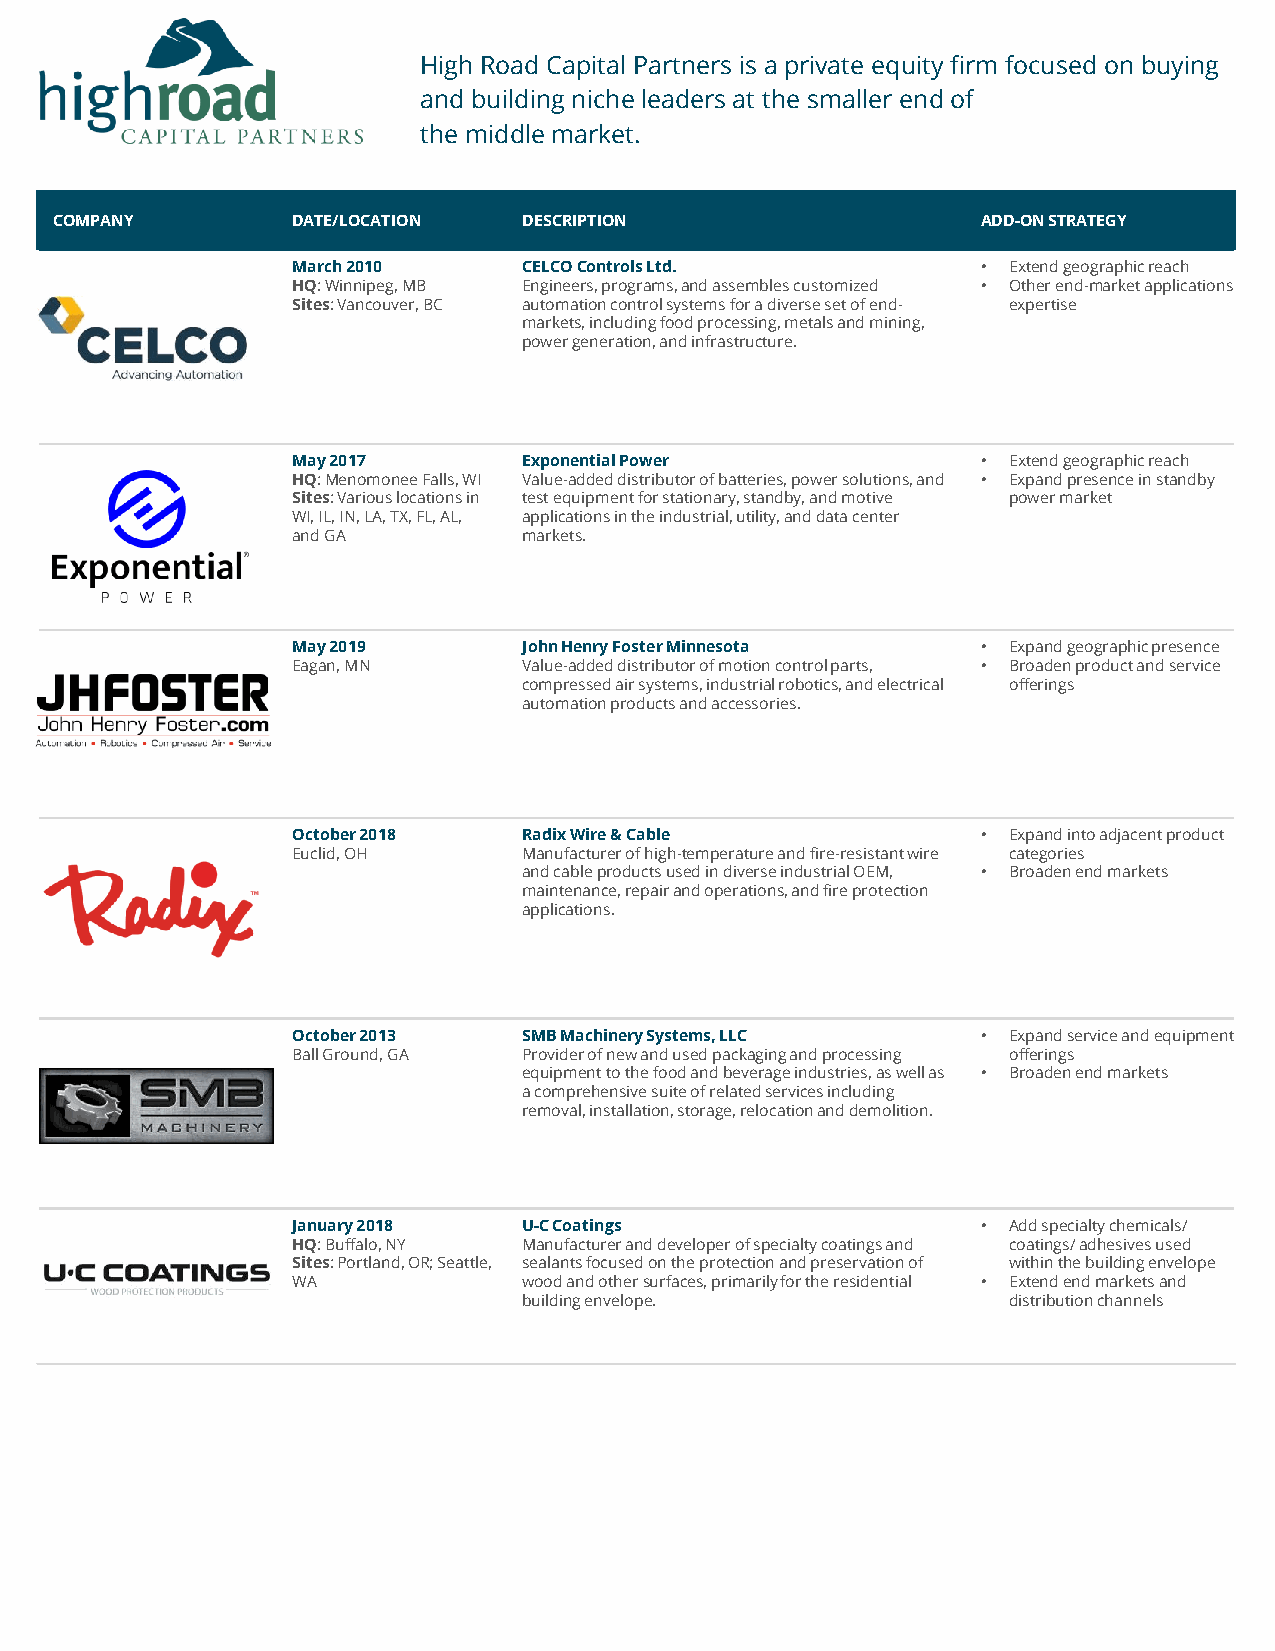
High Road Capital Partners is a private equity firm focused on buying
 and building niche leaders at the smaller end of
 the middle market.
 COMPANY         DATE/LOCATION   DESCRIPTION                   ADD-ON STRATEGY
 March 2010      CELCOControls Ltd.            • Extend geographic reach
 HQ:Winnipeg, MB Engineers, programs,and assembles customized • Other end-market applications
 Sites: Vancouver, BC automation control systems for a diverse set of end- expertise
 markets, including food processing, metals and mining,
 power generation, and infrastructure.
 May 2017        Exponential Power             • Extend geographic reach
 HQ:Menomonee Falls, WI Value-added distributor of batteries, power solutions, and • Expand presence in standby
 Sites: Various locations in test equipmentfor stationary, standby, and motive power market
 WI, IL, IN, LA, TX, FL, AL, applications in the industrial, utility, and data center
 and GA          markets.
 May 2019        John Henry Foster Minnesota   • Expand geographic presence
 Eagan, MN       Value-added distributor of motion control parts, • Broaden product and service
 compressed air systems, industrial robotics, and electrical offerings
 automation products and accessories.
 October 2018    Radix Wire & Cable            • Expand into adjacent product
 Euclid, OH      Manufacturer of high-temperature and fire-resistant wire categories
 and cableproducts used in diverse industrial OEM, • Broaden end markets
 maintenance, repair and operations, and fire protection
 applications.
 October 2013    SMB Machinery Systems, LLC    • Expand service and equipment
 Ball Ground, GA Provider of new and used packaging and processing offerings
 equipment to the food and beverage industries,as well as • Broaden end markets
 a comprehensive suite of related services including
 removal, installation, storage, relocation and demolition.
 January 2018    U-C Coatings                  • Add specialty chemicals/
 HQ: Buffalo, NY Manufacturer and developer of specialty coatings and coatings/ adhesives used
 Sites: Portland, OR; Seattle, sealants focused on the protection and preservation of within the building envelope
 WA              wood and other surfaces, primarily for the residential • Extend end markets and
 building envelope.              distribution channels